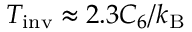
T _ { \mathrm { i n v } } \approx 2 . 3 C _ { 6 } / k _ { \mathrm { B } }